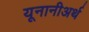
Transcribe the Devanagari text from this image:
यूनानीअर्थ